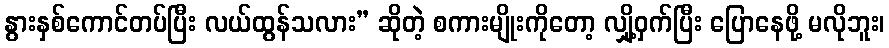
နွားနှစ်ကောင်တပ်ပြီး လယ်ထွန်သလား” ဆိုတဲ့ စကားမျိုးကိုတော့ လျှို့ဝှက်ပြီး ပြောနေဖို့ မလိုဘူး၊